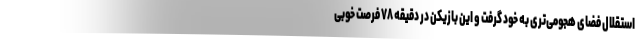
استقلال فضای هجومی‌تری به خود گرفت و این بازیکن در دقیقه ۷۸ فرصت خوبی